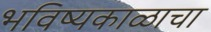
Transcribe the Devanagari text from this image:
भविष्यकाळाचा